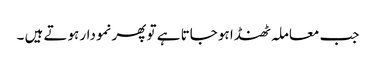
جب معاملہ ٹھنڈا ہو جاتا ہے تو پھر نمودار ہوتے ہیں ۔